Code of medical and sanitary regulations for the guidance of medical officers serving in the Madras Presidency - Volume II
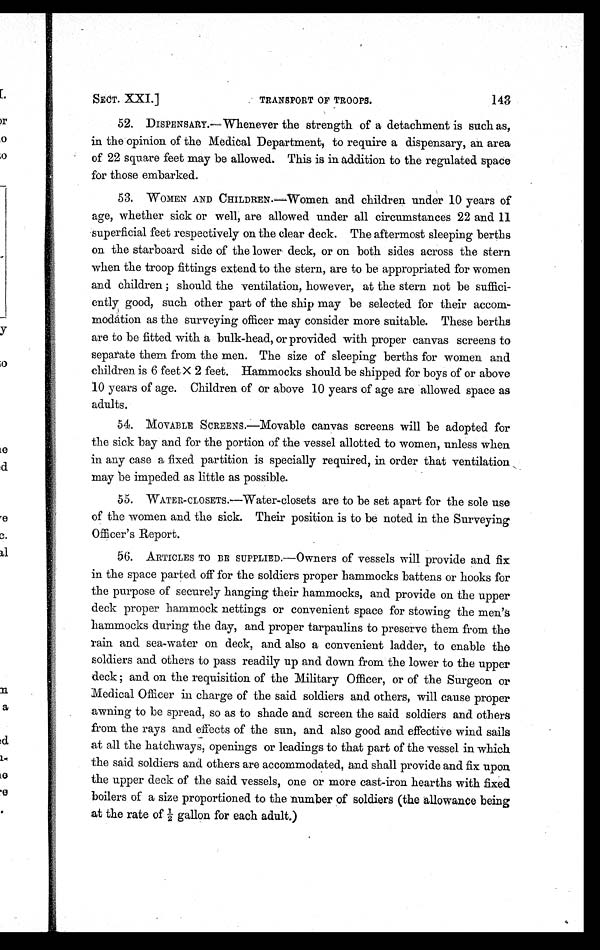
SECT. XXI.]
TRANSPORT OF TROOPS.
143
52. DISPENSARY.—Whenever the strength of a detachment is such as,
in the opinion of the Medical Department, to require a dispensary, an area
of 22 square feet may be allowed. This is in addition to the regulated space
for those embarked.
53. W OMEN AND CHILDREN.—Women and children under 10 years of
age, whether sick or well; are allowed under all circumstances 22 and 11
superficial feet respectively on the clear deck. The aftermost sleeping berths
on the starboard side of the lower deck, or on both sides across the stern
when the troop fittings extend to the stern, are to be appropriated for women
and children ; should the ventilation, however, at the stern not be suffici-
ently good, such other part of the ship may be selected for their accom-
modation as the surveying officer may consider more suitable. These berths
are to be fitted with a bulk-head, or provided with proper canvas screens to
separate them from the men. The size of sleeping berths for women and
children is 6 feet X 2 feet. Hammocks should be shipped for boys of or above
10 years of age. Children of or above 10 years of age are allowed space as
adults.
54. MOVABLE SCREENS.—Movable canvas screens will be adopted for
the sick bay and for the portion of the vessel allotted to women, unless when
in any case a fixed partition is specially required, in order that ventilation
may be impeded as little as possible.
55. WATER-CLOSUTS.—Water-closets are to be set apart for the sole use
of the women and the sick. Their position is to be noted in the Surveying
Officer's Report.
56. ARTICLES TO BE SUPPLIED.—Owners of vessels will provide and fix
in the space parted off for the soldiers proper hammocks battens or hooks for
the purpose of securely hanging their hammocks, and provide on the upper
deck proper hammock nettings or convenient space for stowing the men's
hammocks during the day, and. proper tarpaulins to preserve them from the
rain and sea-water on deck, and also a convenient ladder, to enable the
soldiers and. others to pass readily up and down from the lower to the upper
deck ; and on the requisition of the Military Officer, or of the Surgeon or
Medical Officer in charge of the said soldiers and others, will cause proper
awning to be spread, so as to shade and screen the said soldiers and others
from the rays and effects of the sun, and also good and effective wind sails
at all the hatchways, openings or leadings to that part of the vessel in which
the said soldiers and others are accommodated, and shall provide and fix upon.
the upper deck of the said vessels, one or more cast-iron hearths with fixed.
boilers of a size proportioned to the number of soldiers (the allowance being
at the rate of ½ gal l on for each adul t. )